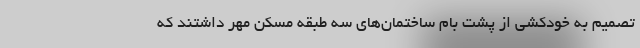
تصمیم به خودکشی از پشت بام ساختمان‌های سه طبقه مسکن مهر داشتند که